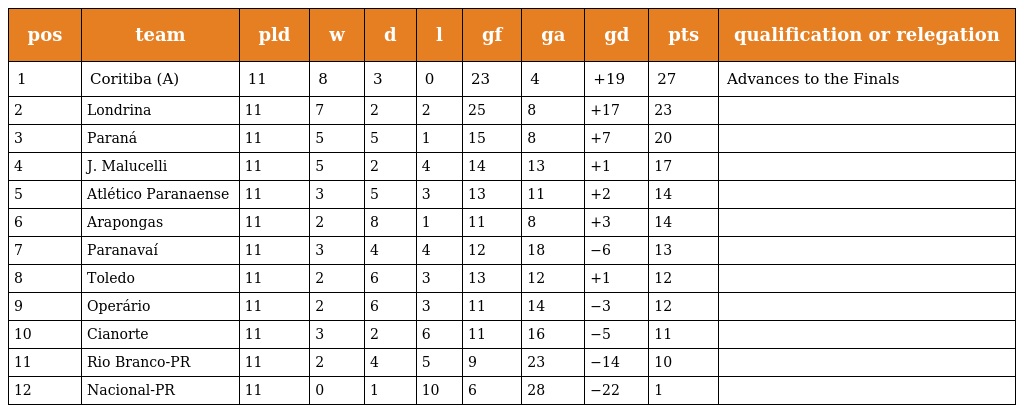
| pos | team | pld | w | d | l | gf | ga | gd | pts | qualification or relegation |
 | --- | --- | --- | --- | --- | --- | --- | --- | --- | --- | --- |
 | 1 | Coritiba (A) | 11 | 8 | 3 | 0 | 23 | 4 | +19 | 27 | Advances to the Finals |
 | 2 | Londrina | 11 | 7 | 2 | 2 | 25 | 8 | +17 | 23 |  |
 | 3 | Paraná | 11 | 5 | 5 | 1 | 15 | 8 | +7 | 20 |  |
 | 4 | J. Malucelli | 11 | 5 | 2 | 4 | 14 | 13 | +1 | 17 |  |
 | 5 | Atlético Paranaense | 11 | 3 | 5 | 3 | 13 | 11 | +2 | 14 |  |
 | 6 | Arapongas | 11 | 2 | 8 | 1 | 11 | 8 | +3 | 14 |  |
 | 7 | Paranavaí | 11 | 3 | 4 | 4 | 12 | 18 | −6 | 13 |  |
 | 8 | Toledo | 11 | 2 | 6 | 3 | 13 | 12 | +1 | 12 |  |
 | 9 | Operário | 11 | 2 | 6 | 3 | 11 | 14 | −3 | 12 |  |
 | 10 | Cianorte | 11 | 3 | 2 | 6 | 11 | 16 | −5 | 11 |  |
 | 11 | Rio Branco-PR | 11 | 2 | 4 | 5 | 9 | 23 | −14 | 10 |  |
 | 12 | Nacional-PR | 11 | 0 | 1 | 10 | 6 | 28 | −22 | 1 |  |